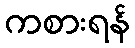
ကစားရန်